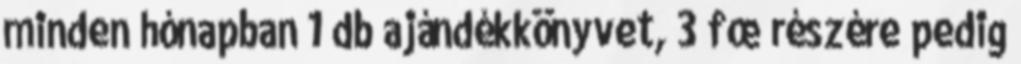
minden hónapban 1 db ajándékkönyvet, 3 fœ részére pedig